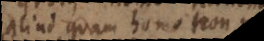
aliud quam homo non